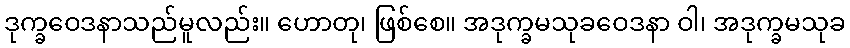
ဒုက္ခဝေဒနာသည်မူလည်း။ ဟောတု၊ ဖြစ်စေ။ အဒုက္ခမသုခဝေဒနာ ဝါ၊ အဒုက္ခမသုခ